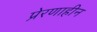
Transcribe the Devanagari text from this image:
प्रेरणाहीन